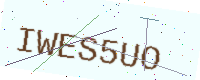
Text: IWES5UO